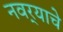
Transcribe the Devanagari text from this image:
नवर्‍याचे